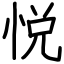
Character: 悦